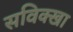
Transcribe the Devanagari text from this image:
सविक्खा